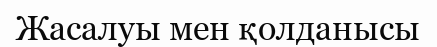
Жасалуы мен қолданысы